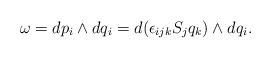
\begin{align*}\omega = d p_i \wedge d q_i = d(\epsilon_{ijk} S_j q_k) \wedge d q_i.\end{align*}